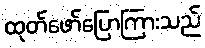
ထုတ်ဖော်ပြောကြားသည်